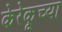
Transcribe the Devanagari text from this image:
केरेकूच्या